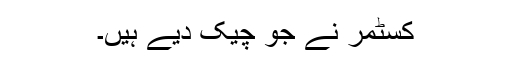
کسٹمر نے جو چیک دیے ہیں۔